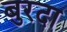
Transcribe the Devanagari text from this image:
बुरदा